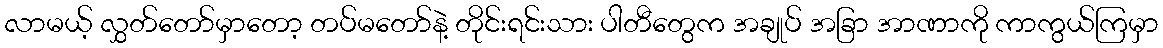
လာမယ့် လွှတ်တော်မှာတော့ တပ်မတော်နဲ့ တိုင်းရင်းသား ပါတီတွေက အချုပ် အခြာ အာဏာကို ကာကွယ်ကြမှာ